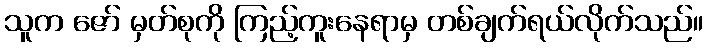
သူက ဇော် မှတ်စုကို ကြည့်ကူးနေရာမှ တစ်ချက်ရယ်လိုက်သည်။